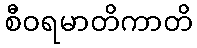
စီဝရမာတိကာတိ